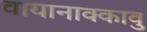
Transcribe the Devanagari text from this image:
वायानाक्कावु